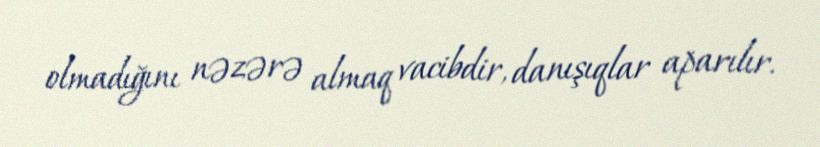
olmadığını nəzərə almaq vacibdir, danışıqlar aparılır.